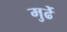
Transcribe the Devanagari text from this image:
मुर्ढे